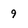
Character: 9